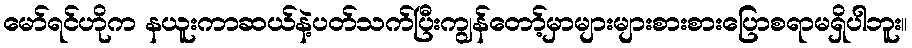
မော်ရင်ဟိုက နယူးကာဆယ်နဲ့ပတ်သက်ပြီးကျွန်တော့်မှာများများစားစားပြောစရာမရှိပါဘူး။